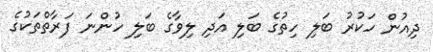
ދިއުން ހަކުރު ބަލި ހިތުގެ ބަލި އަދި ލިވާގެ ބަލި ހުންނަ ފަރާތްތަކުގެ